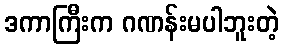
ဒကာကြီးက ဂဏန်းမပါဘူးတဲ့